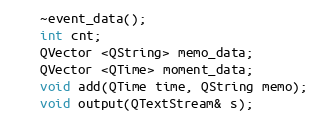
Language: C
    ~event_data();
    int cnt;
    QVector <QString> memo_data;
    QVector <QTime> moment_data;
    void add(QTime time, QString memo);
    void output(QTextStream& s);